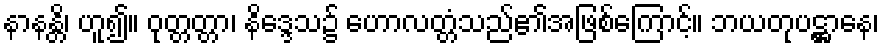
နာနန္တိ၊ ဟူ၍။ ဝုတ္တတ္တာ၊ နိဒ္ဒေသ၌ ဟောလတ္တံသည်၏အဖြစ်ကြောင့်။ ဘယတုပဋ္ဌာနေ၊